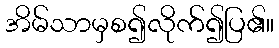
အိမ်သာမှစ၍လိုက်၍ပြ၏။